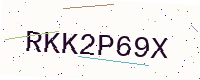
Text: RKK2P69X